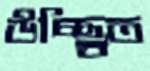
উচ্ছ্রিত